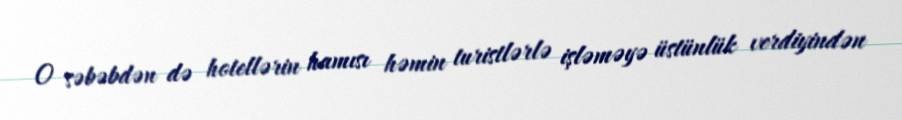
O səbəbdən də hotellərin hamısı həmin turistlərlə işləməyə üstünlük verdiyindən